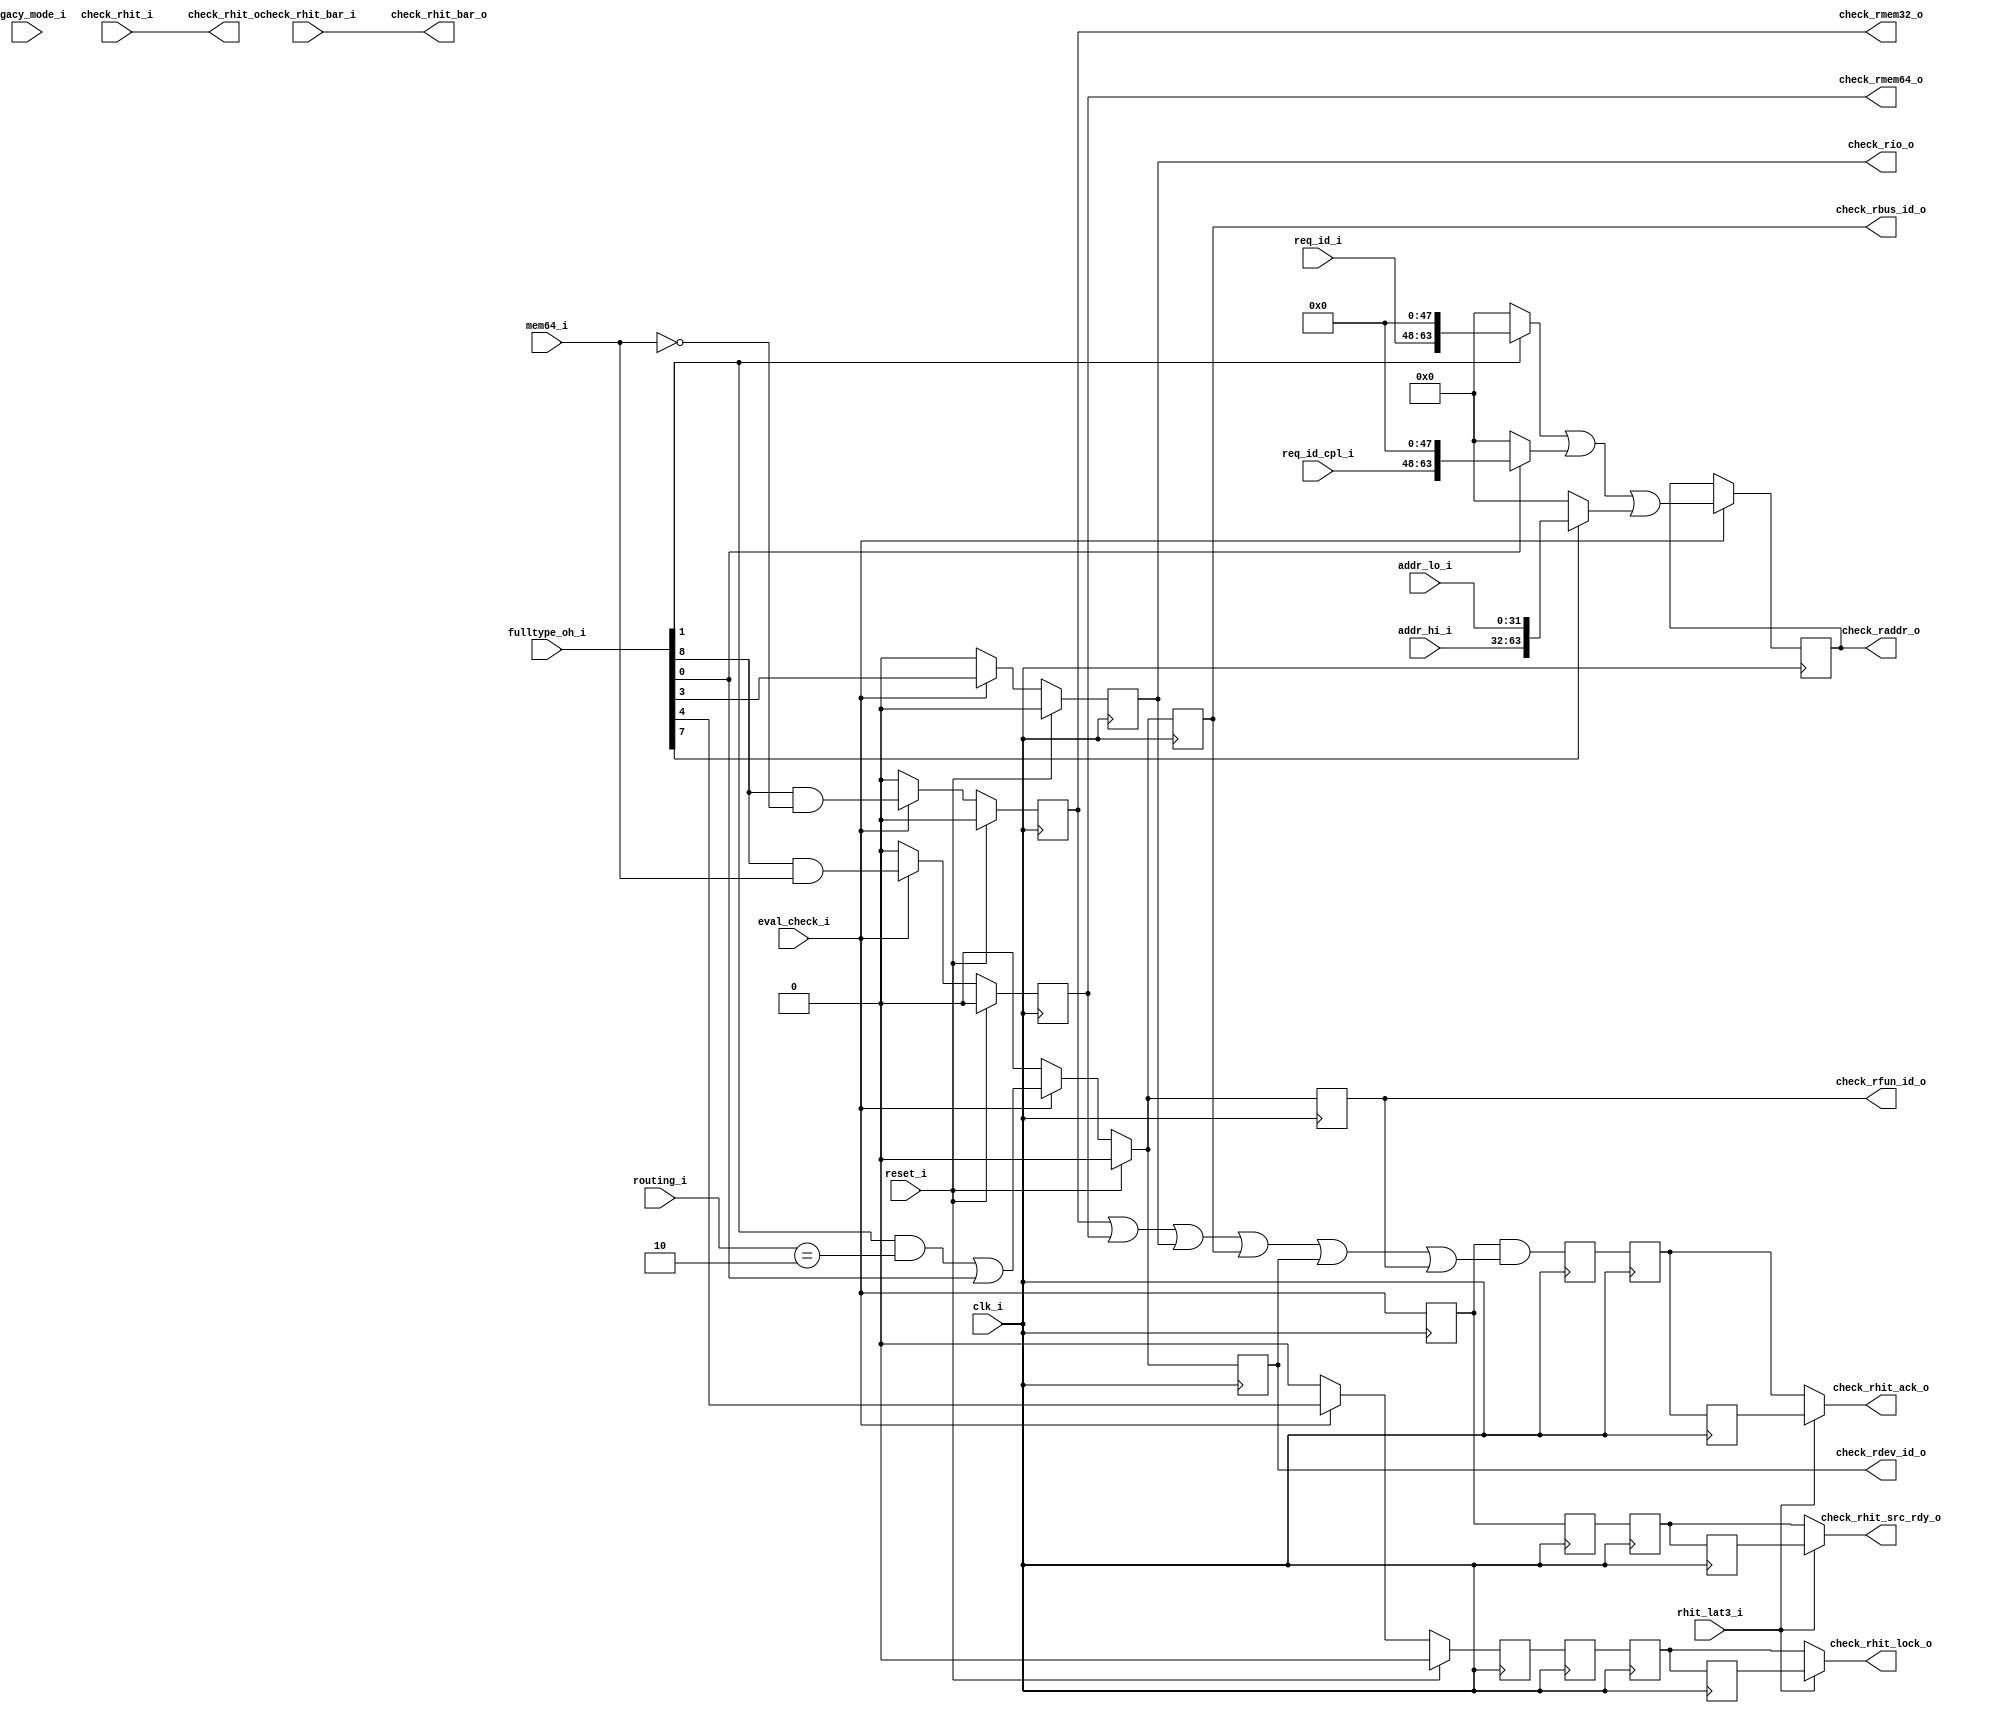

//-----------------------------------------------------------------------------
//
// (c) Copyright 2009-2010 Xilinx, Inc. All rights reserved.
//
// This file contains confidential and proprietary information
// of Xilinx, Inc. and is protected under U.S. and
// international copyright and other intellectual property
// laws.
//
// DISCLAIMER
// This disclaimer is not a license and does not grant any
// rights to the materials distributed herewith. Except as
// otherwise provided in a valid license issued to you by
// Xilinx, and to the maximum extent permitted by applicable
// law: (1) THESE MATERIALS ARE MADE AVAILABLE "AS IS" AND
// WITH ALL FAULTS, AND XILINX HEREBY DISCLAIMS ALL WARRANTIES
// AND CONDITIONS, EXPRESS, IMPLIED, OR STATUTORY, INCLUDING
// BUT NOT LIMITED TO WARRANTIES OF MERCHANTABILITY, NON-
// INFRINGEMENT, OR FITNESS FOR ANY PARTICULAR PURPOSE; and
// (2) Xilinx shall not be liable (whether in contract or tort,
// including negligence, or under any other theory of
// liability) for any loss or damage of any kind or nature
// related to, arising under or in connection with these
// materials, including for any direct, or any indirect,
// special, incidental, or consequential loss or damage
// (including loss of data, profits, goodwill, or any type of
// loss or damage suffered as a result of any action brought
// by a third party) even if such damage or loss was
// reasonably foreseeable or Xilinx had been advised of the
// possibility of the same.
//
// CRITICAL APPLICATIONS
// Xilinx products are not designed or intended to be fail-
// safe, or for use in any application requiring fail-safe
// performance, such as life-support or safety devices or
// systems, Class III medical devices, nuclear facilities,
// applications related to the deployment of airbags, or any
// other applications that could lead to death, personal
// injury, or severe property or environmental damage
// (individually and collectively, "Critical
// Applications"). Customer assumes the sole risk and
// liability of any use of Xilinx products in Critical
// Applications, subject only to applicable laws and
// regulations governing limitations on product liability.
//
// THIS COPYRIGHT NOTICE AND DISCLAIMER MUST BE RETAINED AS
// PART OF THIS FILE AT ALL TIMES.
//
//-----------------------------------------------------------------------------
// Project    : V5-Block Plus for PCI Express
//--------------------------------------------------------------------------------
//--------------------------------------------------------------------------------
/*****************************************************************************
 *  Description : Rx Data Sink bar hit communication
 *
 *     Hierarchical :
 *
 *     Functional :
 *      Contructs the bar check fields, and passes hit information on
 *
 ****************************************************************************/
`timescale 1ns/1ps
`ifndef TCQ
 `define TCQ 1
`endif

`ifndef AS
module tlm_rx_data_snk_bar #(
  parameter             DW = 32,        // Data width
  parameter             BARW = 7)       // BAR-hit width
 (
  input                 clk_i,
  input                 reset_i,

  output reg [63:0]     check_raddr_o,
  output reg            check_rmem32_o,
  output reg            check_rmem64_o,
  output reg            check_rio_o,
  output reg            check_rdev_id_o,
  output reg            check_rbus_id_o,
  output reg            check_rfun_id_o,
  input  [BARW-1:0]     check_rhit_bar_i,
  input                 check_rhit_i,
  output [BARW-1:0]     check_rhit_bar_o,
  output                check_rhit_o,
  output                check_rhit_src_rdy_o,
  output                check_rhit_ack_o,
  output                check_rhit_lock_o,

  input [31:0]          addr_lo_i,      // 32b addr high word
  input [31:0]          addr_hi_i,      // 32b addr high word
  input [8:0]           fulltype_oh_i,  // Packet data type
  input [2:0]           routing_i,      // routing
  input                 mem64_i,        // 64b memory access?
  input [15:0]          req_id_i,       // requester ID
  input [15:0]          req_id_cpl_i,   // req ID when pkt == cpl
  input                 eval_check_i,   // latch the formatting check
  input                 rhit_lat3_i,    // Is BAR-hit latency 3 clocks?
  input                 legacy_mode_i
  );

  localparam            CHECK_IO_BAR_HIT_EN = 1'b1;

  //---------------------------------------------------------------------------
  // PCI Express constants
  //---------------------------------------------------------------------------
  // Bit taps for one-hot Full Type
  localparam    MEM_BIT   = 8;
  localparam    ADR_BIT   = 7;
  localparam    MRD_BIT   = 6;
  localparam    MWR_BIT   = 5;
  localparam    MLK_BIT   = 4;
  localparam    IO_BIT    = 3;
  localparam    CFG_BIT   = 2;
  localparam    MSG_BIT   = 1;
  localparam    CPL_BIT   = 0;

  // Route
  localparam    ROUTE_BY_ID = 3'b010;

  wire [63:0]   addr_64b = {addr_hi_i, addr_lo_i};

  reg [63:0]    check_raddr_d;
  reg           check_rmem32_d;
  reg           check_rmem64_d;
  reg           check_rmemlock_d;
  reg           check_rmemlock_d1a;
  reg           check_rio_d;
  reg           check_rdev_id_d;
  reg           check_rbus_id_d;
  reg           check_rfun_id_d;


  reg           eval_check_q1, eval_check_q2, eval_check_q3, eval_check_q4;
  reg                          sent_check_q2, sent_check_q3, sent_check_q4;
  reg           lock_check_q2, lock_check_q3, lock_check_q4;

  // Check if endpoint is the correct recipient
  //---------------------------------------------------------------------------
  // On every request received, except implicitly routed messages, check if:
  // 1. the endpoint is the right recipient by passing to the CMM for checking:
  //    . for Mem, IO and Cfg: the destination addr (checked with BARs)
  //    . for Messages:
  //      a. the req_id,  if TLP was routed by ID
  //      b. the address, if TLP was routed by addr
  //      c. if dest is not RC, the endpoint is the implicit recipient
  //    . for Completions: the req_id
  // 2. the type is valid
  // 3. for Messages: msg_code and routing are valid
  //
  // Since the invalid type won't trigger the 1. check, it will be detected by
  // the non assertion of check_rhit_i by the CMM
  // => check 2. is redundant with check 1.
  //
  // Note: Future possible enhancement
  // . check 3. may also be merged with 1., but that will affect the timing of
  //   the live check_*_o signals provided to the CMM
  //   => to be considered if those outputs get registered
  //
  // No need to check:
  // . silently dropped: Unlock
  // . passed on       : User messages (Vendor_Defined)
  //---------------------------------------------------------------------------

  // Timing is tight here at 250 MHz -> split the calculations out from the CE
  //   and return to 0
  // This also allows for a blocking default assignment, which makes the code
  //   easier to follow
  always @* begin
    check_raddr_d   = (fulltype_oh_i[MSG_BIT] ? {req_id_i,48'h0}     : 0) |
                      (fulltype_oh_i[CPL_BIT] ? {req_id_cpl_i,48'h0} : 0) |
                      (fulltype_oh_i[ADR_BIT] ? addr_64b             : 0);

    check_rbus_id_d = (fulltype_oh_i[MSG_BIT] && (routing_i == ROUTE_BY_ID)) ||
                       fulltype_oh_i[CPL_BIT];

    check_rdev_id_d = (fulltype_oh_i[MSG_BIT] && (routing_i == ROUTE_BY_ID)) ||
                       fulltype_oh_i[CPL_BIT];

    check_rfun_id_d = (fulltype_oh_i[MSG_BIT] && (routing_i == ROUTE_BY_ID)) ||
                       fulltype_oh_i[CPL_BIT];

    check_rmem32_d  =  fulltype_oh_i[MEM_BIT] && !mem64_i;

    check_rmem64_d  =  fulltype_oh_i[MEM_BIT] &&  mem64_i;

    check_rmemlock_d=  fulltype_oh_i[MLK_BIT];

    check_rio_d     =  fulltype_oh_i[IO_BIT] && CHECK_IO_BAR_HIT_EN;

    // No checks on CFG: CMM captures bus and dev ids for that function
  end

  always @(posedge clk_i) begin
    if (eval_check_i) begin
      check_raddr_o     <= #`TCQ check_raddr_d;
    end
  end

  always @(posedge clk_i) begin
    if (reset_i) begin
      check_rmem32_o    <= #`TCQ 0;
      check_rmem64_o    <= #`TCQ 0;
      check_rmemlock_d1a <= #`TCQ 0;
      check_rio_o       <= #`TCQ 0;
      check_rbus_id_o   <= #`TCQ 0;
      check_rdev_id_o   <= #`TCQ 0;
      check_rfun_id_o   <= #`TCQ 0;

    // Our calculation from above is ready
    end else if (eval_check_i) begin
      check_rmem32_o    <= #`TCQ check_rmem32_d;
      check_rmem64_o    <= #`TCQ check_rmem64_d;
      check_rmemlock_d1a <= #`TCQ check_rmemlock_d;
      check_rio_o       <= #`TCQ check_rio_d;
      check_rbus_id_o   <= #`TCQ check_rbus_id_d;
      check_rdev_id_o   <= #`TCQ check_rdev_id_d;
      check_rfun_id_o   <= #`TCQ check_rfun_id_d;

    // these signals all imply src_rdy, return to zero
    end else begin
      check_rmem32_o    <= #`TCQ 0;
      check_rmem64_o    <= #`TCQ 0;
      check_rmemlock_d1a <= #`TCQ 0;
      check_rio_o       <= #`TCQ 0;
      check_rbus_id_o   <= #`TCQ 0;
      check_rdev_id_o   <= #`TCQ 0;
      check_rfun_id_o   <= #`TCQ 0;
    end
  end

  // Need a pipe to time the return back from the CMM, since
  //   32 and 64 signal the CMM to start calculating at
  //   different times
  // Eval is when the check is occuring
  // Sent is if we actually sent one (and expect a response)
  //---------------------------------------------------------
  always @(posedge clk_i) begin
    eval_check_q1       <= #`TCQ eval_check_i;
    eval_check_q2       <= #`TCQ eval_check_q1;
    eval_check_q3       <= #`TCQ eval_check_q2;
    eval_check_q4       <= #`TCQ eval_check_q3;
    sent_check_q2       <= #`TCQ eval_check_q1 &&
                           (check_rmem32_o  ||
                            check_rmem64_o  ||
                            check_rio_o     ||
                            check_rbus_id_o ||
                            check_rdev_id_o ||
                            check_rfun_id_o);
    sent_check_q3       <= #`TCQ sent_check_q2;
    sent_check_q4       <= #`TCQ sent_check_q3;
    lock_check_q2       <= #`TCQ check_rmemlock_d1a;
    lock_check_q3       <= #`TCQ lock_check_q2;
    lock_check_q4       <= #`TCQ lock_check_q3;
  end

  // Values from the CMM
  assign check_rhit_bar_o     = check_rhit_bar_i;
  assign check_rhit_o         = check_rhit_i;
  // Result of our internal timing circuit
  assign check_rhit_src_rdy_o = rhit_lat3_i ? eval_check_q4 : eval_check_q3;
  assign check_rhit_ack_o     = rhit_lat3_i ? sent_check_q4 : sent_check_q3;

  assign check_rhit_lock_o    = rhit_lat3_i ? lock_check_q4 : lock_check_q3;
endmodule
`endif